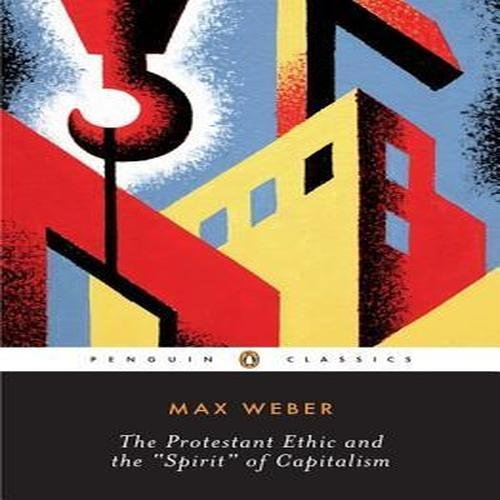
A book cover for The Protestant Ethic and the Spirit of Capitalism: and Other Writings (Penguin Twentieth-Century Classics); Max Weber; Politics & Social Sciences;